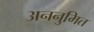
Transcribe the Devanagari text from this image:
अननुमित